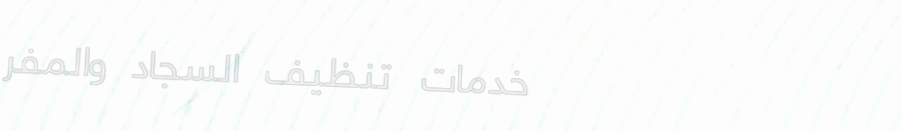
خدمات تنظيف السجاد والمفر